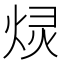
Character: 𫞠